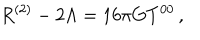
R ^ { ( 2 ) } - 2 \Lambda = 1 6 \pi G T ^ { 0 0 } \, ,